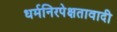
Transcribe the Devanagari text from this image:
धर्मनिरपेक्षतावादी